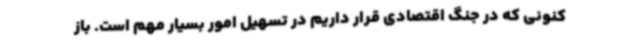
کنونی که در جنگ اقتصادی قرار داریم در تسهیل امور بسیار مهم است. باز